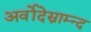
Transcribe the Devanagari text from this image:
अर्वोदेस्नाम्न्द